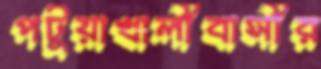
পটুয়াখালীবাসীর